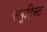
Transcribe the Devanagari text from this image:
फ्लूटिस्ट